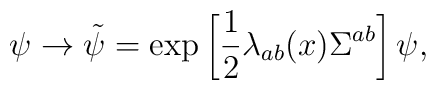
\psi\to \tilde{\psi}=\exp\left[\frac{1}{2}\lambda_{ab}(x)\Sigma^{ab}\right]\psi,